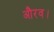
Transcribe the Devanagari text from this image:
औरव।